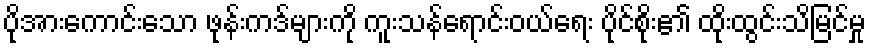
ပိုအားကောင်းသော ဖုန်းကဒ်များကို ကူးသန်ရောင်းဝယ်ရေး ပိုင်စိုး၏ ထိုးထွင်းသိမြင်မှု